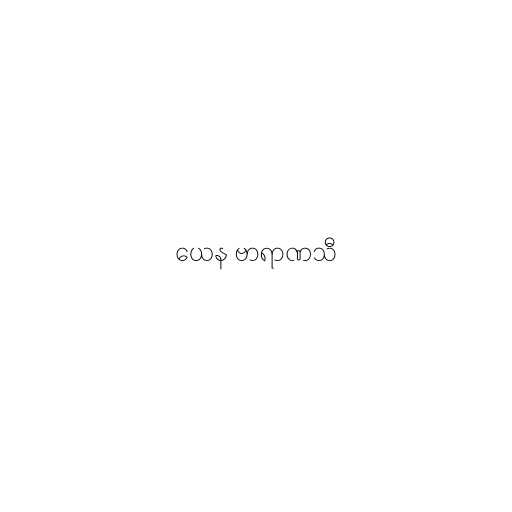
ယေန ဗာရာဏသီ